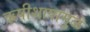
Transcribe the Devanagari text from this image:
ऋषीशापामुळे